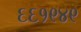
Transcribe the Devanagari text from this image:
६६१९४९